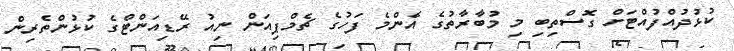
ކުޅުދުއްފުއްޓަށް ގޮސްތިބި މި މުބާރާތުގެ އެންމެ ފަހުގެ ޗެމްޕިއަން ނިއު ރޭޑިއަންޓްގެ ކުޅުންތެރިން